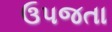
ઉપજતા